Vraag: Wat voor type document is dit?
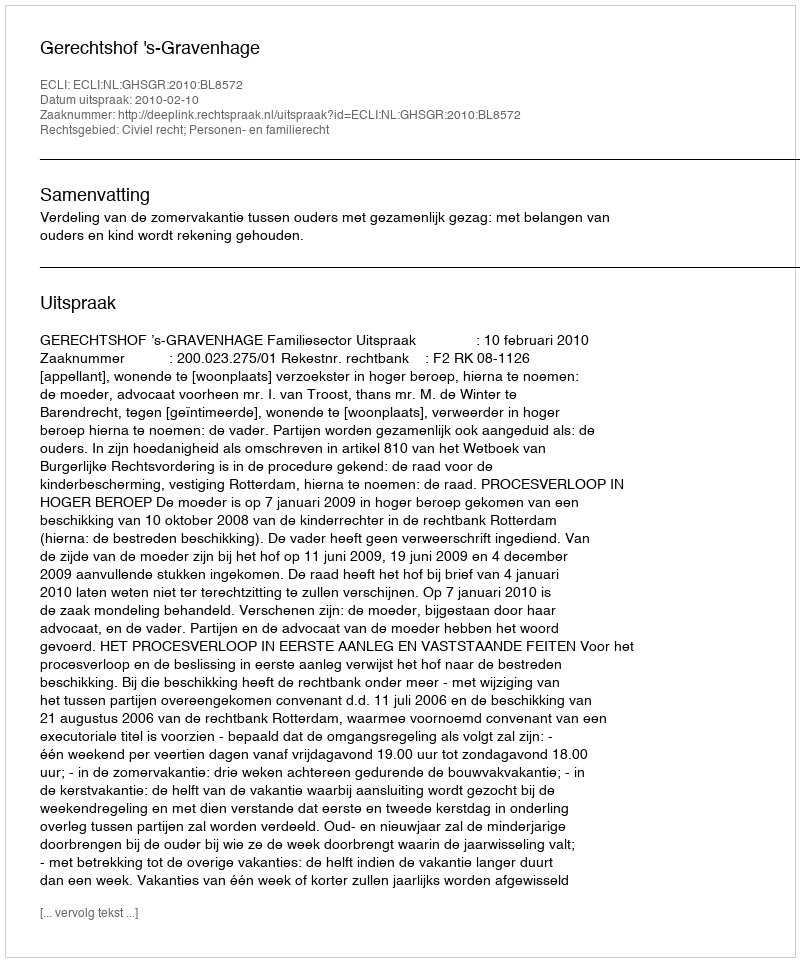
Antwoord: Uitspraak